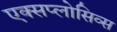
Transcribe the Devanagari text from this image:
एक्सप्लोसिव्स